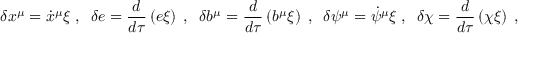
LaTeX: \delta x ^ { \mu } = { \dot { x } } ^ { \mu } \xi \; , \; \; \delta e = \frac { d } { d \tau } \left( e \xi \right) \; , \; \; \delta b ^ { \mu } = \frac { d } { d \tau } \left( b ^ { \mu } \xi \right) \; , \; \; \delta \psi ^ { \mu } = \dot { \psi } ^ { \mu } \xi \; , \; \; \delta \chi = \frac { d } { d \tau } \left( \chi \xi \right) \; ,